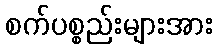
စက်ပစ္စည်းများအား